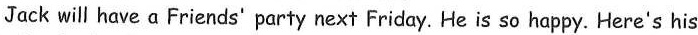
Jack will have a Friends' party next Friday. He is so happy. Here's his